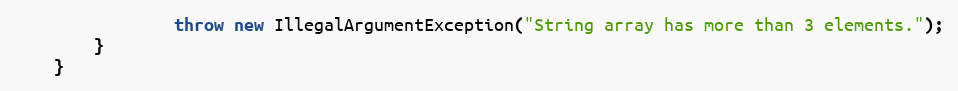
Language: Java
                throw new IllegalArgumentException("String array has more than 3 elements.");
        }
    }